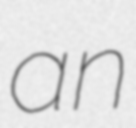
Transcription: an